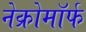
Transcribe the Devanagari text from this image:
नेक्रोमॉर्फ